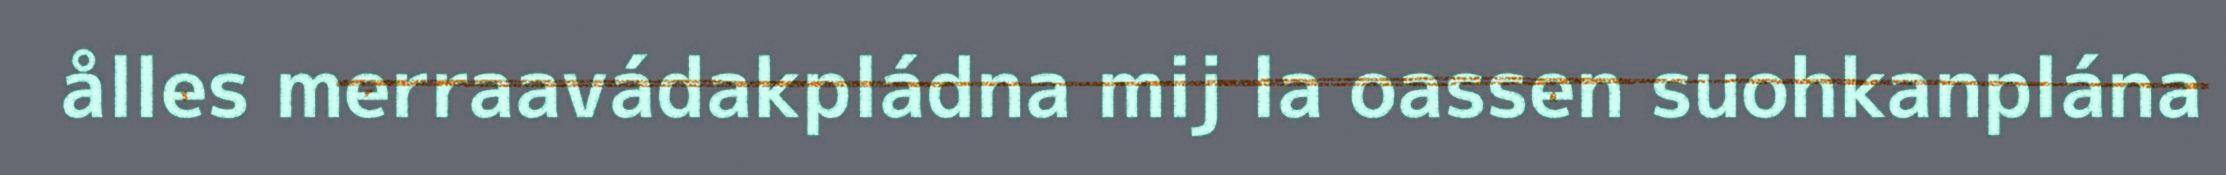
ålles merraavádakpládna mij la oassen suohkanplána